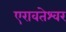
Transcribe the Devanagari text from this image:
एरावतेश्वर